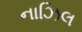
નાઝિલ